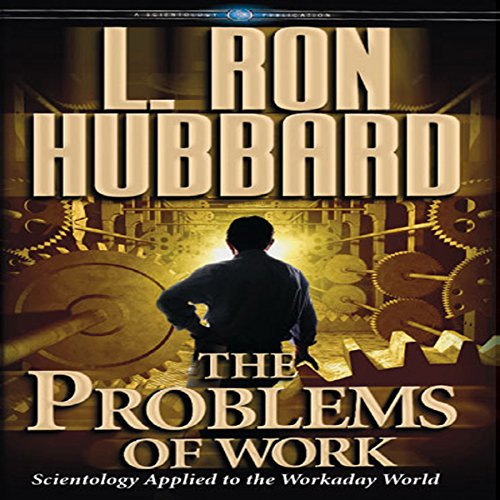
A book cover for The Problems of Work: Scientology Applied to the Workaday World; L. Ron Hubbard; Religion & Spirituality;